Indian journal of veterinary science and animal husbandry - Volume 11,
Year: 1941
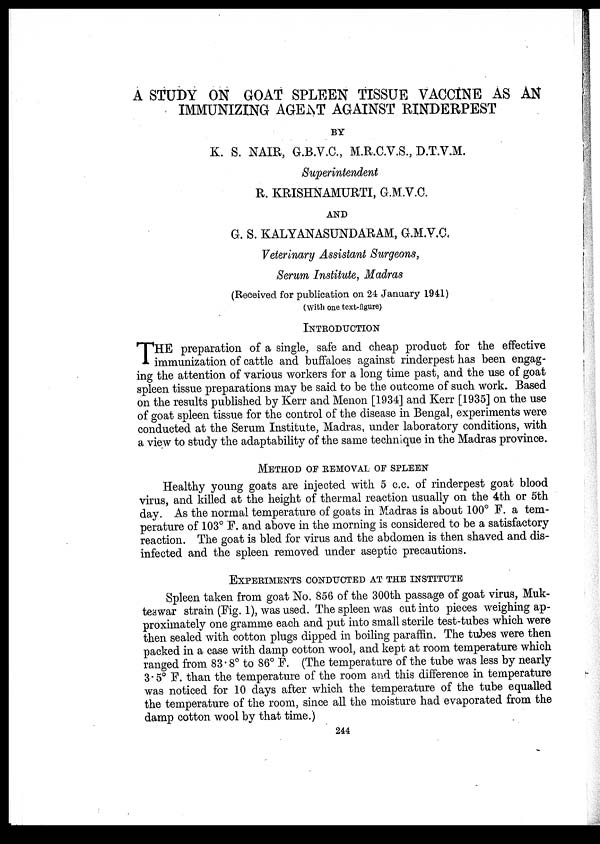
A STUDY ON GOAT SPLEEN TISSUE VACCINE AS AN
IMMUNIZING AGENT AGAINST RINDERPEST
BY
K. S. NAIR, G.B.V.C., M.R.C.V.S., D.T.V.M.
Superintendent
R. KRISHNAMURTI, G.M.V.C.
AND
G. S. KALYANASUNDARAM, G.M.V.C.
Veterinary Assistant Surgeons,
Serum Institute, Madras
(Received for publication on 24 January 1941)
(with one text-figure)
INTRODUCTION
T HE preparation of a single, safe and cheap product for the effective
immunization of cattle and buffaloes against rinderpest has been engag-
ing the attention of various workers for a long time past, and the use of goat
spleen tissue preparations may be said to be the outcome of such work. Based
on the results published by Kerr and Menon [1934] and Kerr [1935] on the use
of goat spleen tissue for the control of the disease in Bengal, experiments were
conducted at the Serum Institute, Madras, under laboratory conditions, with
a view to study the adaptability of the same technique in the Madras province.
METHOD OF REMOVAL OF SPLEEN
Healthy young goats are injected with 5 c.c. of rinderpest goat blood
virus, and killed at the height of thermal reaction usually on the 4th or 5th
day. As the normal temperature of goats in Madras is about 100° F. a tem-
perature of 103° F. and above in the morning is considered to be a satisfactory
reaction. The goat is bled for virus and the abdomen is then shaved and dis-
infected and the spleen removed under aseptic precautions.
EXPERIMENTS CONDUCTED AT THE INSTITUTE
Spleen taken from goat No. 856 of the 300th passage of goat virus, Muk-
teswar strain (Fig. 1), was used. The spleen was cut into pieces weighing ap-
proximately one gramme each and put into small sterile test-tubes which were
then sealed with cotton plugs dipped in boiling paraffin. The tubes were then
packed in a case with damp cotton wool, and kept at room temperature which
ranged from 83 . 8° to 86° F. (The temperature of the tube was less by nearly
3.5° F. than the temperature of the room and this difference in temperature
was noticed for 10 days after which the temperature of the tube equalled
the temperature of the room, since all the moisture had evaporated from the
damp cotton wool by that time.)
244